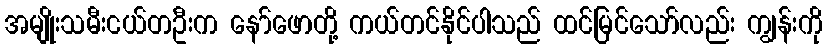
အမျိုးသမီးငယ်တဦးက နော်ဖောတို့ ကယ်တင်နိုင်ပါသည် ထင်မြင်သော်လည်း ကျွန်းကို